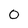
Character: 0